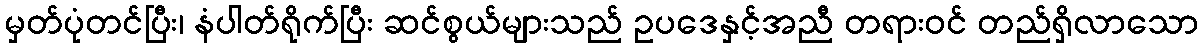
မှတ်ပုံတင်ပြီး၊ နံပါတ်ရိုက်ပြီး ဆင်စွယ်များသည် ဥပဒေနှင့်အညီ တရားဝင် တည်ရှိလာသော